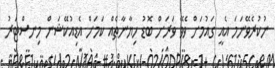
ނުކުރެވޭނަމަ އެއީ ގައުމަށް ވެވޭ ވަރަށް ބޮޑު ހިޔާނާތެއް ކަމަށް އެޑިއުކޭޝަން މިނސްޓަރު